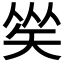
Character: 𥏀